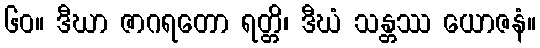
၆၀။ ဒီဃာ ဇာဂရတော ရတ္တိ၊ ဒီဃံ သန္တဿ ယောဇနံ။